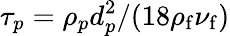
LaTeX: \tau_{p}=\rho_{p}d_{p}^{2}/(18\rho_{\mathrm{f}}\nu_{\mathrm{f}})